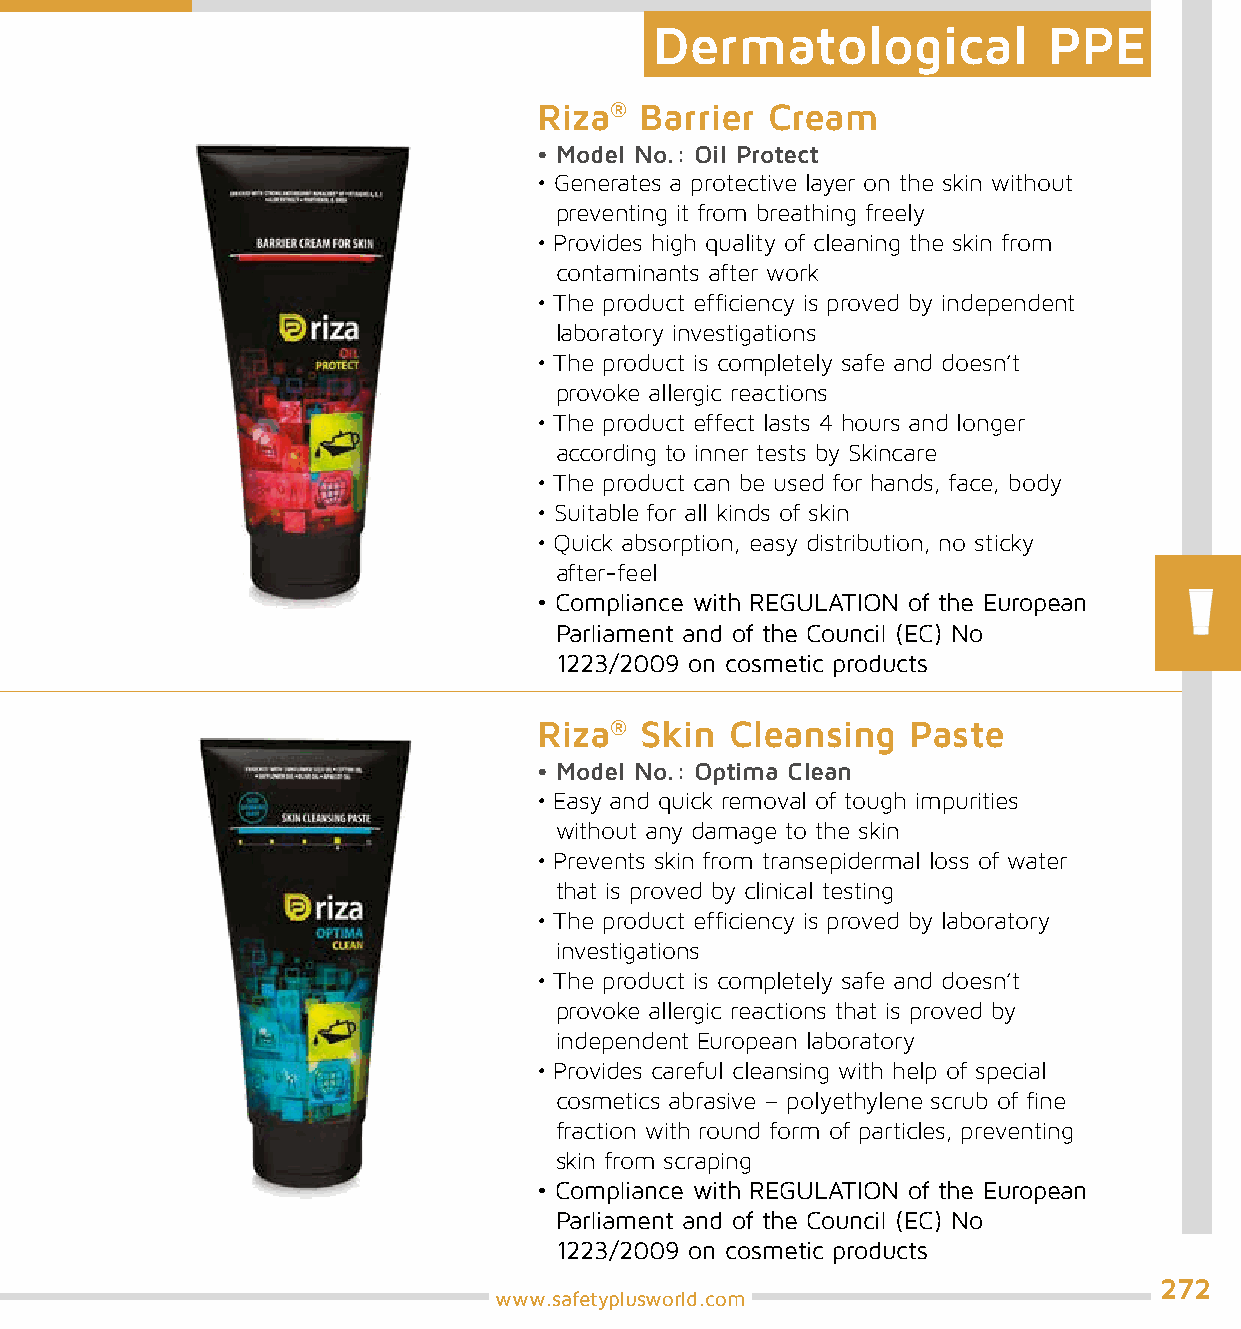
Dermatological            PPE
 Riza® Barrier  Cream
 • Model No.: Oil Protect
 • Generates a protective layer on the skin without
 preventing it from breathing freely
 • Provides high quality of cleaning the skin from
 contaminants after work
 • The product efficiency is proved by independent
 laboratory investigations
 • The product is completely safe and doesn’t
 provoke allergic reactions
 • The product effect lasts 4 hours and longer
 according to inner tests by Skincare
 • The product can be used for hands, face, body
 • Suitable for all kinds of skin
 • Quick absorption, easy distribution, no sticky
 after-feel
 • Compliance with REGULATION of the European
 Parliament and of the Council (EC) No
 1223/2009 on cosmetic products
 Riza® Skin  Cleansing   Paste
 • Model No.: Optima Clean
 • Easy and quick removal of tough impurities
 without any damage to the skin
 • Prevents skin from transepidermal loss of water
 that is proved by clinical testing
 • The product efficiency is proved by laboratory
 investigations
 • The product is completely safe and doesn’t
 provoke allergic reactions that is proved by
 independent European laboratory
 • Provides careful cleansing with help of special
 cosmetics abrasive – polyethylene scrub of fine
 fraction with round form of particles, preventing
 skin from scraping
 • Compliance with REGULATION of the European
 Parliament and of the Council (EC) No
 1223/2009 on cosmetic products
 272
 www.safetyplusworld.com